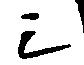
シ